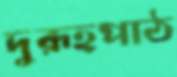
দুরূহপাঠ